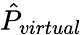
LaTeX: \hat{P}_{virtual}